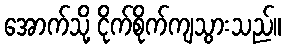
အောက်သို့ ငိုက်စိုက်ကျသွားသည်။